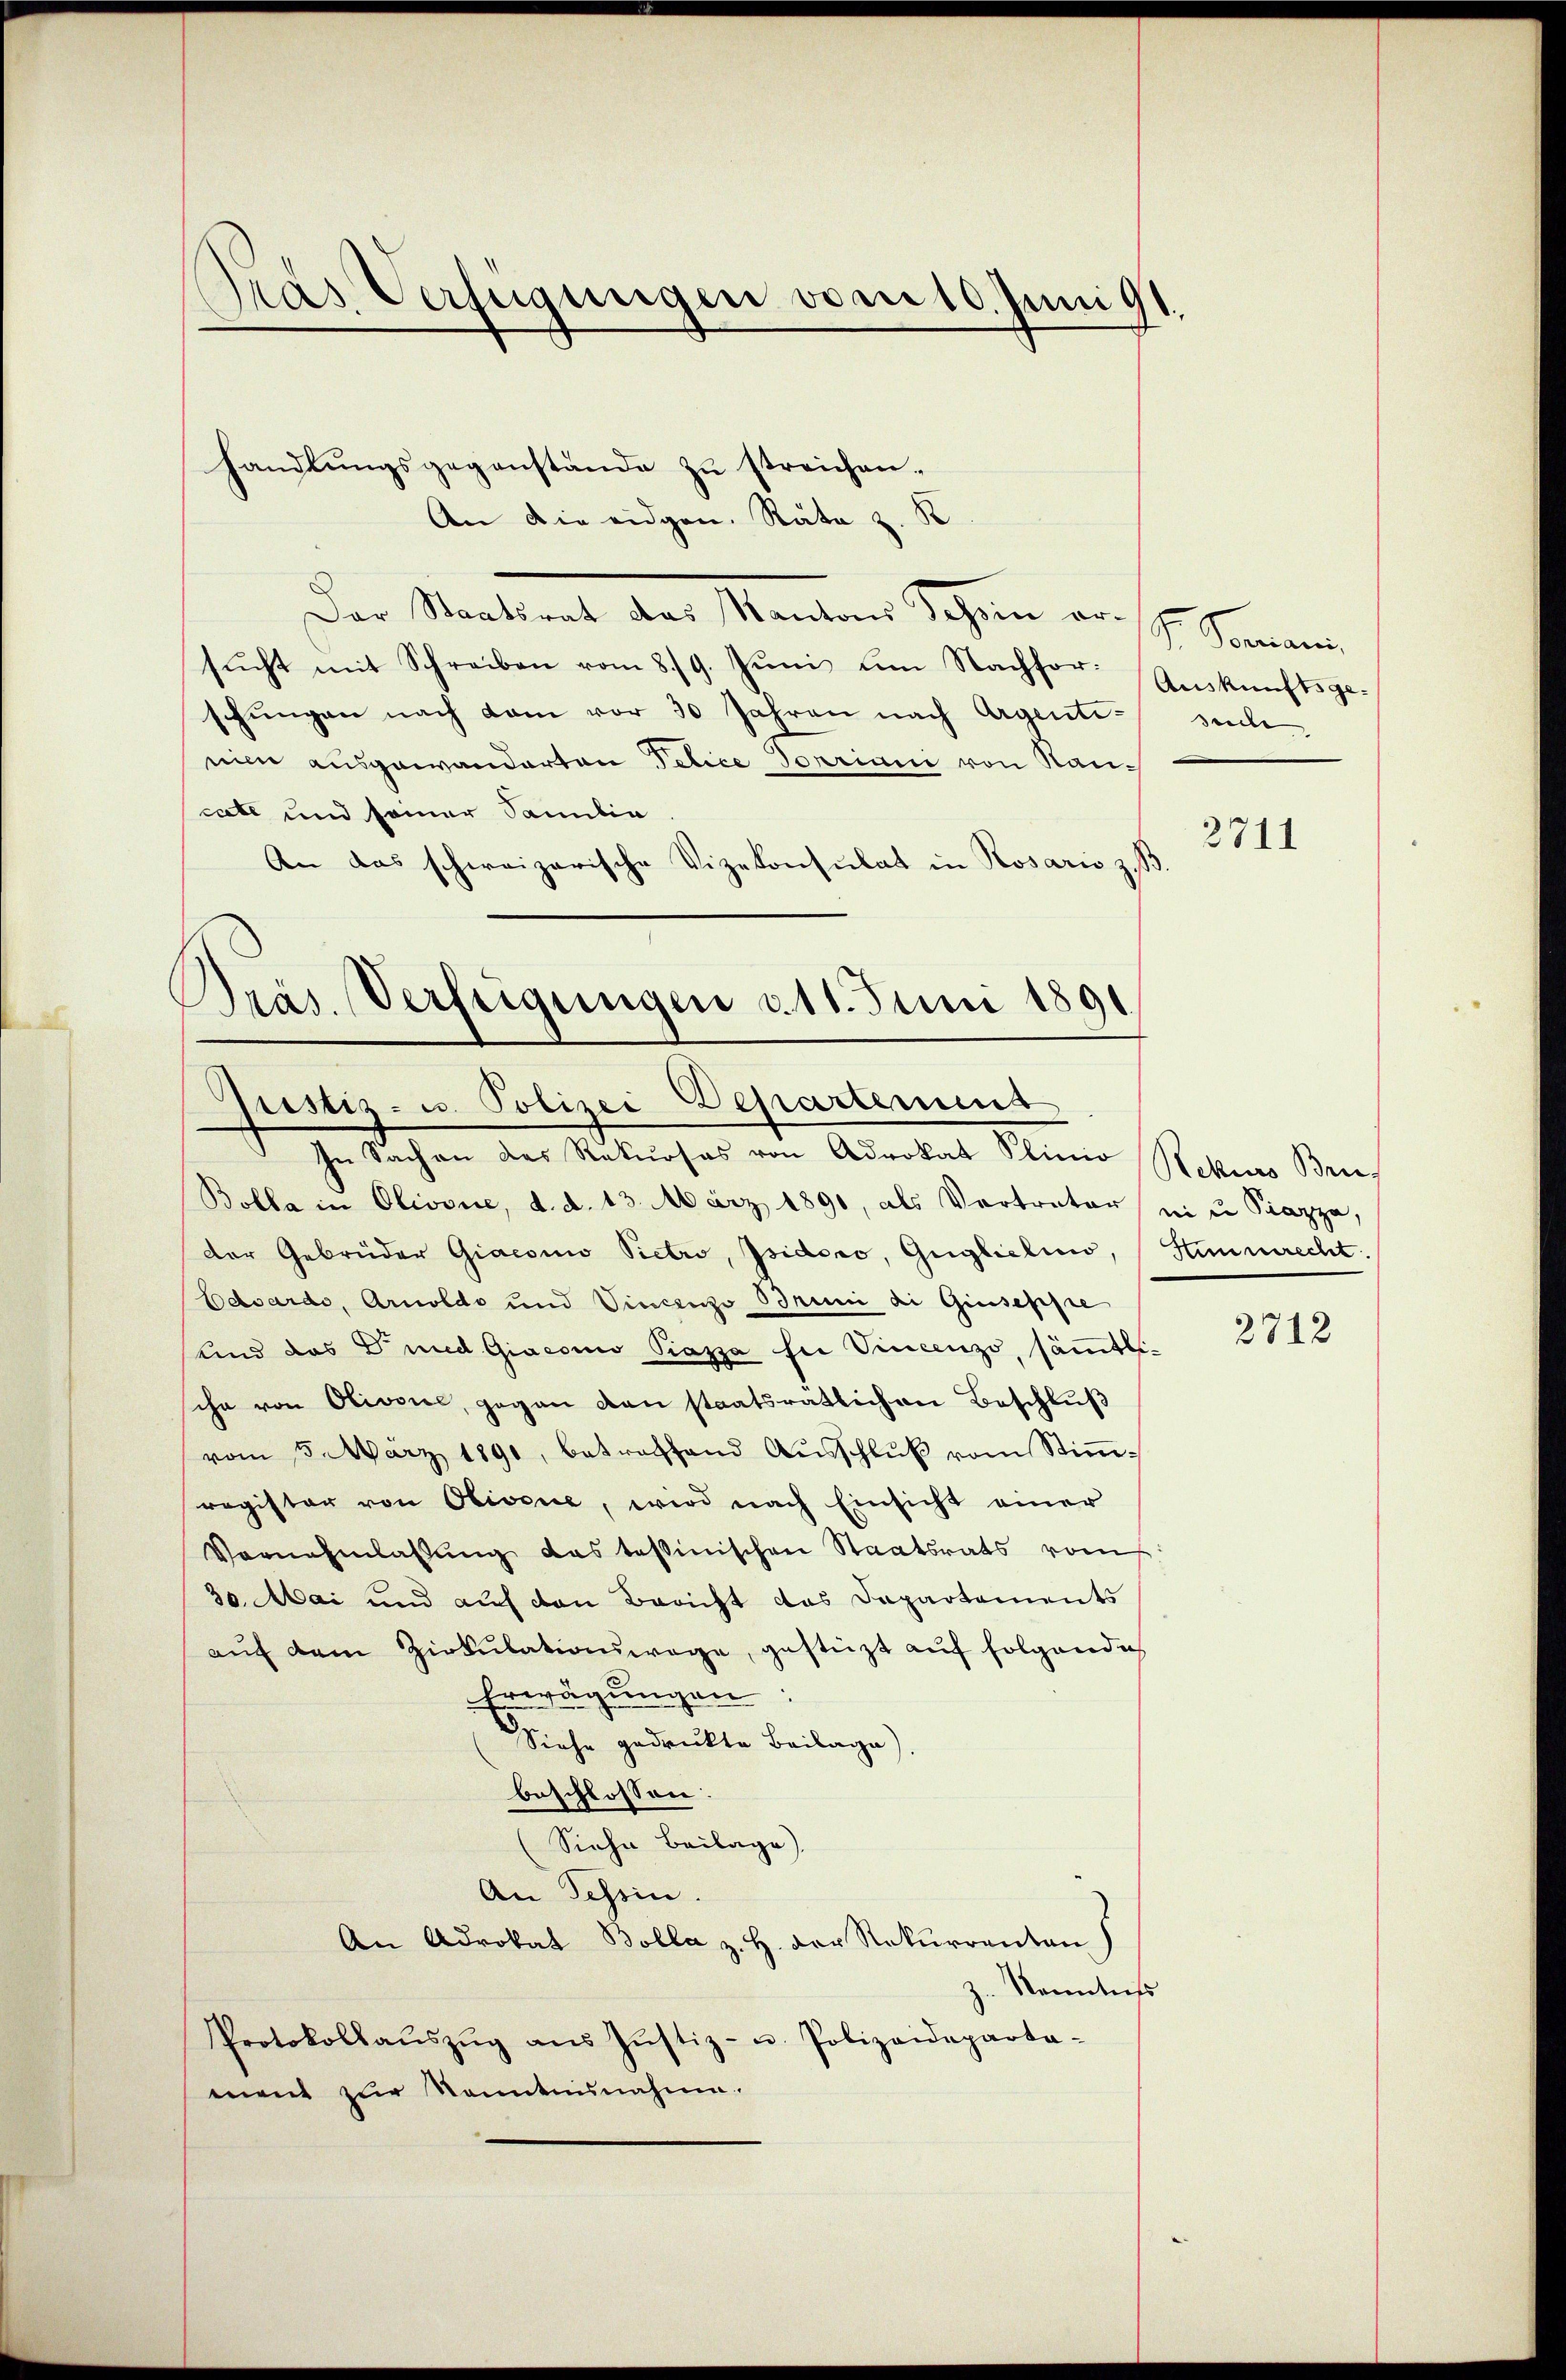
Pras. Verfügungen vom 10. Juni 91.
s

handlŭngsgegenstände zu streichen.
An die eidgen. Rata z. B.
Der Staatsrat das Kantons Schein er- J. Spaniani,
sŭcht mit Schreiben vom 8./9. Jŭni um Nachfor: Aŭskŭnftsge-
schungen nach dem vor 30 Jahren nach Argentinie ausgewanderten Telice dopriani von Raucate und seiner Samilie
An das schweizerische Vizekonsulat in Rosario z. B
Präs. Verfügungen d. 11. Juni 1891

Tristiz- u. Polizei Departement
In Sachen des Rekurses von Advokat Plinio Rekurs Ben

Bolla in Olivone, d. d. 13. März 1890, als Vertreter ein Piazza,
der Gebrüder Giaconio Pietro, Isidoro, Gugliclino, Stimmrecht.
Edwardo, Arnoldo und Vincenzo Bruni di Giuseppe
Kind das Dund Giaconio Piazza für Vincenzi, sämmtliche von Olivone, gegen den staatsrätlichen Beschlŭβ
vom 5. März 1891, betreffend Ausschlŭβ vom Stimmregister von Olivone, wird nach Einsicht einer
Vornehmlassŭng das tessinischen Staatsrats vom
30. Mai und auf den Bericht das Dapartements
aŭf dem Zirkŭlationswage, gestützt auf folgendich
Erwägŭngen:
Siehe gedruckte Beilage)
beschlossen:
(Siehe Beilage).
An Tessin.
An Advokat Bolla z. H. Der Rekurrenten
Vanntniss
Protokollaŭszŭg ans Jŭstiz- u. Polizeideparta-
ment zur Kenntnisnahme.

suche

2711

2712